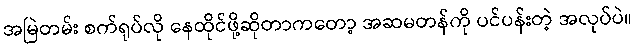
အမြဲတမ်း စက်ရုပ်လို နေထိုင်ဖို့ဆိုတာကတော့ အဆမတန်ကို ပင်ပန်းတဲ့ အလုပ်ပဲ။